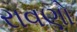
રાવણો